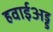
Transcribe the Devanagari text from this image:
हवाईअड्ड